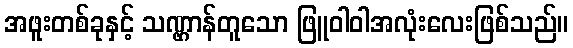
အဖူးတစ်ခုနှင့် သဏ္ဌာန်တူသော ဖြူဝါဝါအလုံးလေးဖြစ်သည်။